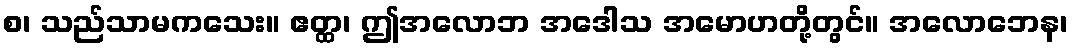
စ၊ သည်သာမကသေး။ ဧတ္ထ၊ ဤအလောဘ အဒေါသ အမောဟတို့တွင်။ အလောဘေန၊